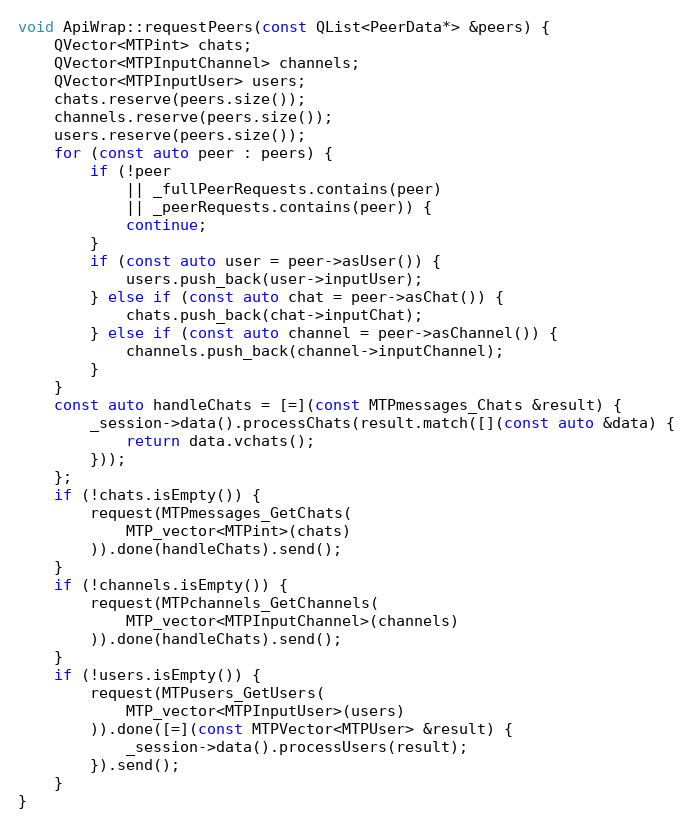
Language: C++
void ApiWrap::requestPeers(const QList<PeerData*> &peers) {
	QVector<MTPint> chats;
	QVector<MTPInputChannel> channels;
	QVector<MTPInputUser> users;
	chats.reserve(peers.size());
	channels.reserve(peers.size());
	users.reserve(peers.size());
	for (const auto peer : peers) {
		if (!peer
			|| _fullPeerRequests.contains(peer)
			|| _peerRequests.contains(peer)) {
			continue;
		}
		if (const auto user = peer->asUser()) {
			users.push_back(user->inputUser);
		} else if (const auto chat = peer->asChat()) {
			chats.push_back(chat->inputChat);
		} else if (const auto channel = peer->asChannel()) {
			channels.push_back(channel->inputChannel);
		}
	}
	const auto handleChats = [=](const MTPmessages_Chats &result) {
		_session->data().processChats(result.match([](const auto &data) {
			return data.vchats();
		}));
	};
	if (!chats.isEmpty()) {
		request(MTPmessages_GetChats(
			MTP_vector<MTPint>(chats)
		)).done(handleChats).send();
	}
	if (!channels.isEmpty()) {
		request(MTPchannels_GetChannels(
			MTP_vector<MTPInputChannel>(channels)
		)).done(handleChats).send();
	}
	if (!users.isEmpty()) {
		request(MTPusers_GetUsers(
			MTP_vector<MTPInputUser>(users)
		)).done([=](const MTPVector<MTPUser> &result) {
			_session->data().processUsers(result);
		}).send();
	}
}